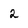
Character: 2